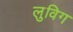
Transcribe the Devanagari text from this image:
लुविग